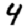
Digit: 4